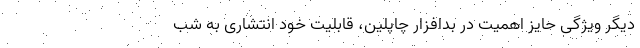
دیگر ویژگی حایز اهمیت در بدافزار چاپلین، قابلیت خود انتشاری به شب